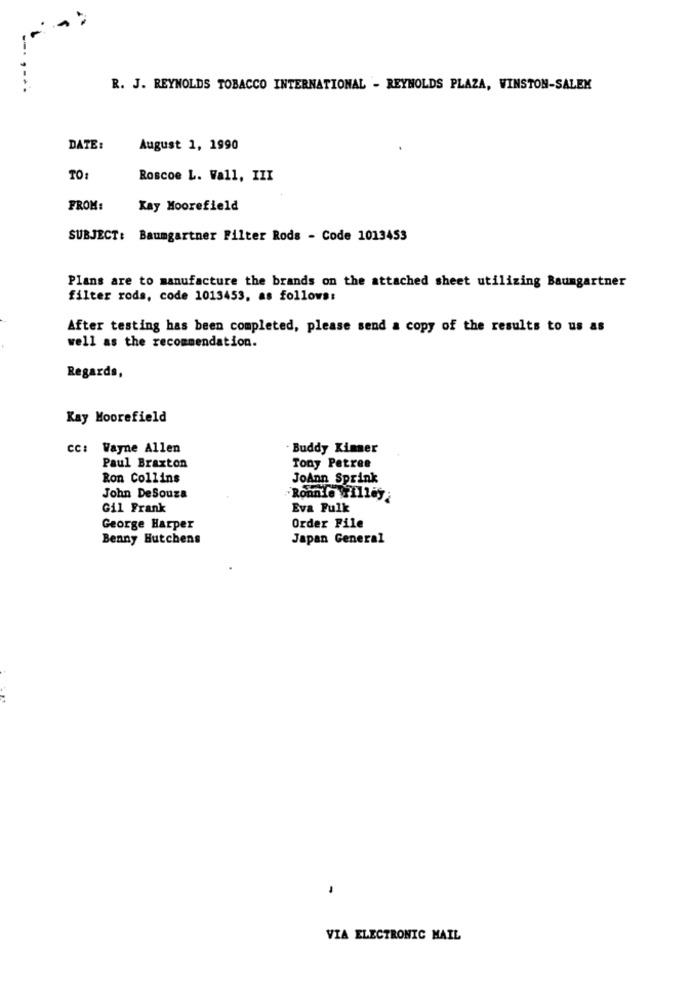
--.
R. J. REYNOLDS TOBACCO INTERNATIONAL - REYNOLDS PLAZA, WINSTON-SALEM
DATE:
August 1, 1990
TO:
Roscoe L. Wall, III
FROM:
Kay Moorefield
SUBJECT: Baumgartner Filter Rods - Code 1013453
Plans are to manufacture the brands on the attached sheet utilizing Baumgartner
filter rods, code 1013453, as follows:
After testing has been completed, please send a copy of the results to us as
well as the recommendation.
Regards,
Kay Moorefield
cc: Wayne Allen
. Buddy Kimer
Paul Braxton
Tony Petree
Ron Collins
JoAnn Sprink
John DeSouza
Ronnie Wrilley
Gil Frank
Eva Fulk
George Harper
Order File
Benny Hutchens
Japan General
VIA ELECTRONIC MAIL